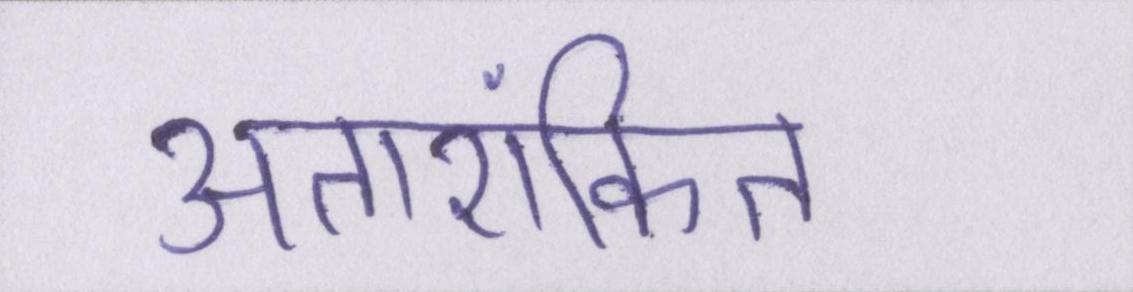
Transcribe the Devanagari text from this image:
अतारांकित